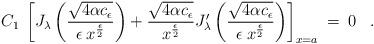
LaTeX: \begin{align*}C_1 \> \left[J_{\lambda}\left(\frac{\sqrt{4\alpha c_{\epsilon}}}{\epsilon\> x^{\epsilon \over 2}}\right)+\frac{\sqrt{4\alpha c_{\epsilon}}}{x^{\epsilon \over 2}}J_{\lambda}^\prime\left(\frac{\sqrt{4\alpha c_{\epsilon}}}{\epsilon\> x^{\epsilon \over 2}}\right)\right]_{x=a}\> =\> 0\;\;\;.\end{align*}